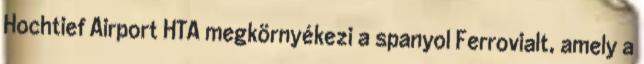
Hochtief Airport HTA megkörnyékezi a spanyol Ferrovialt, amely a